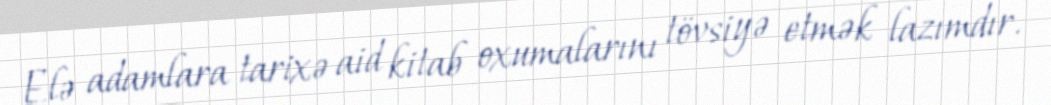
Elə adamlara tarixə aid kitab oxumalarını tövsiyə etmək lazımdır.